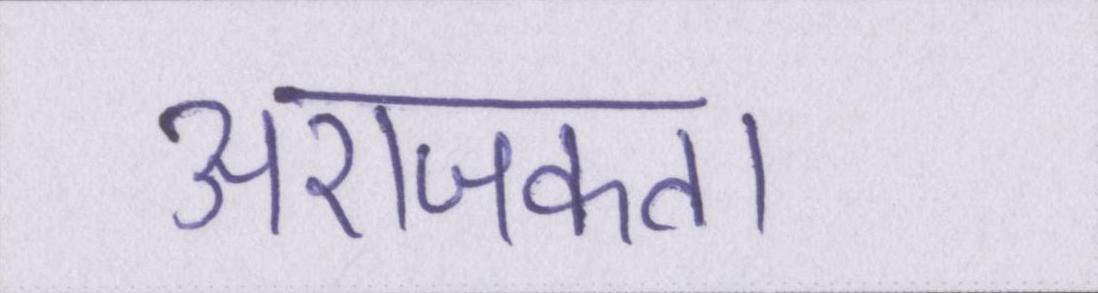
अराजकता